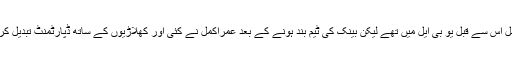
عمر اکمل اس سے قبل یو بی ایل میں تھے لیکن بینک کی ٹیم بند ہونے کے بعد عمراکمل نے کئی اور کھلاڑیوں کے ساتھ ڈپارٹمنٹ تبدیل کر لیا ہے۔